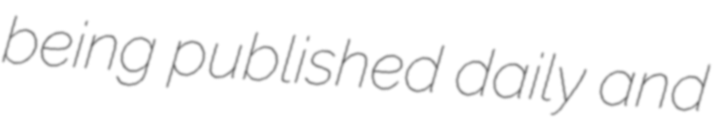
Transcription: being published daily and